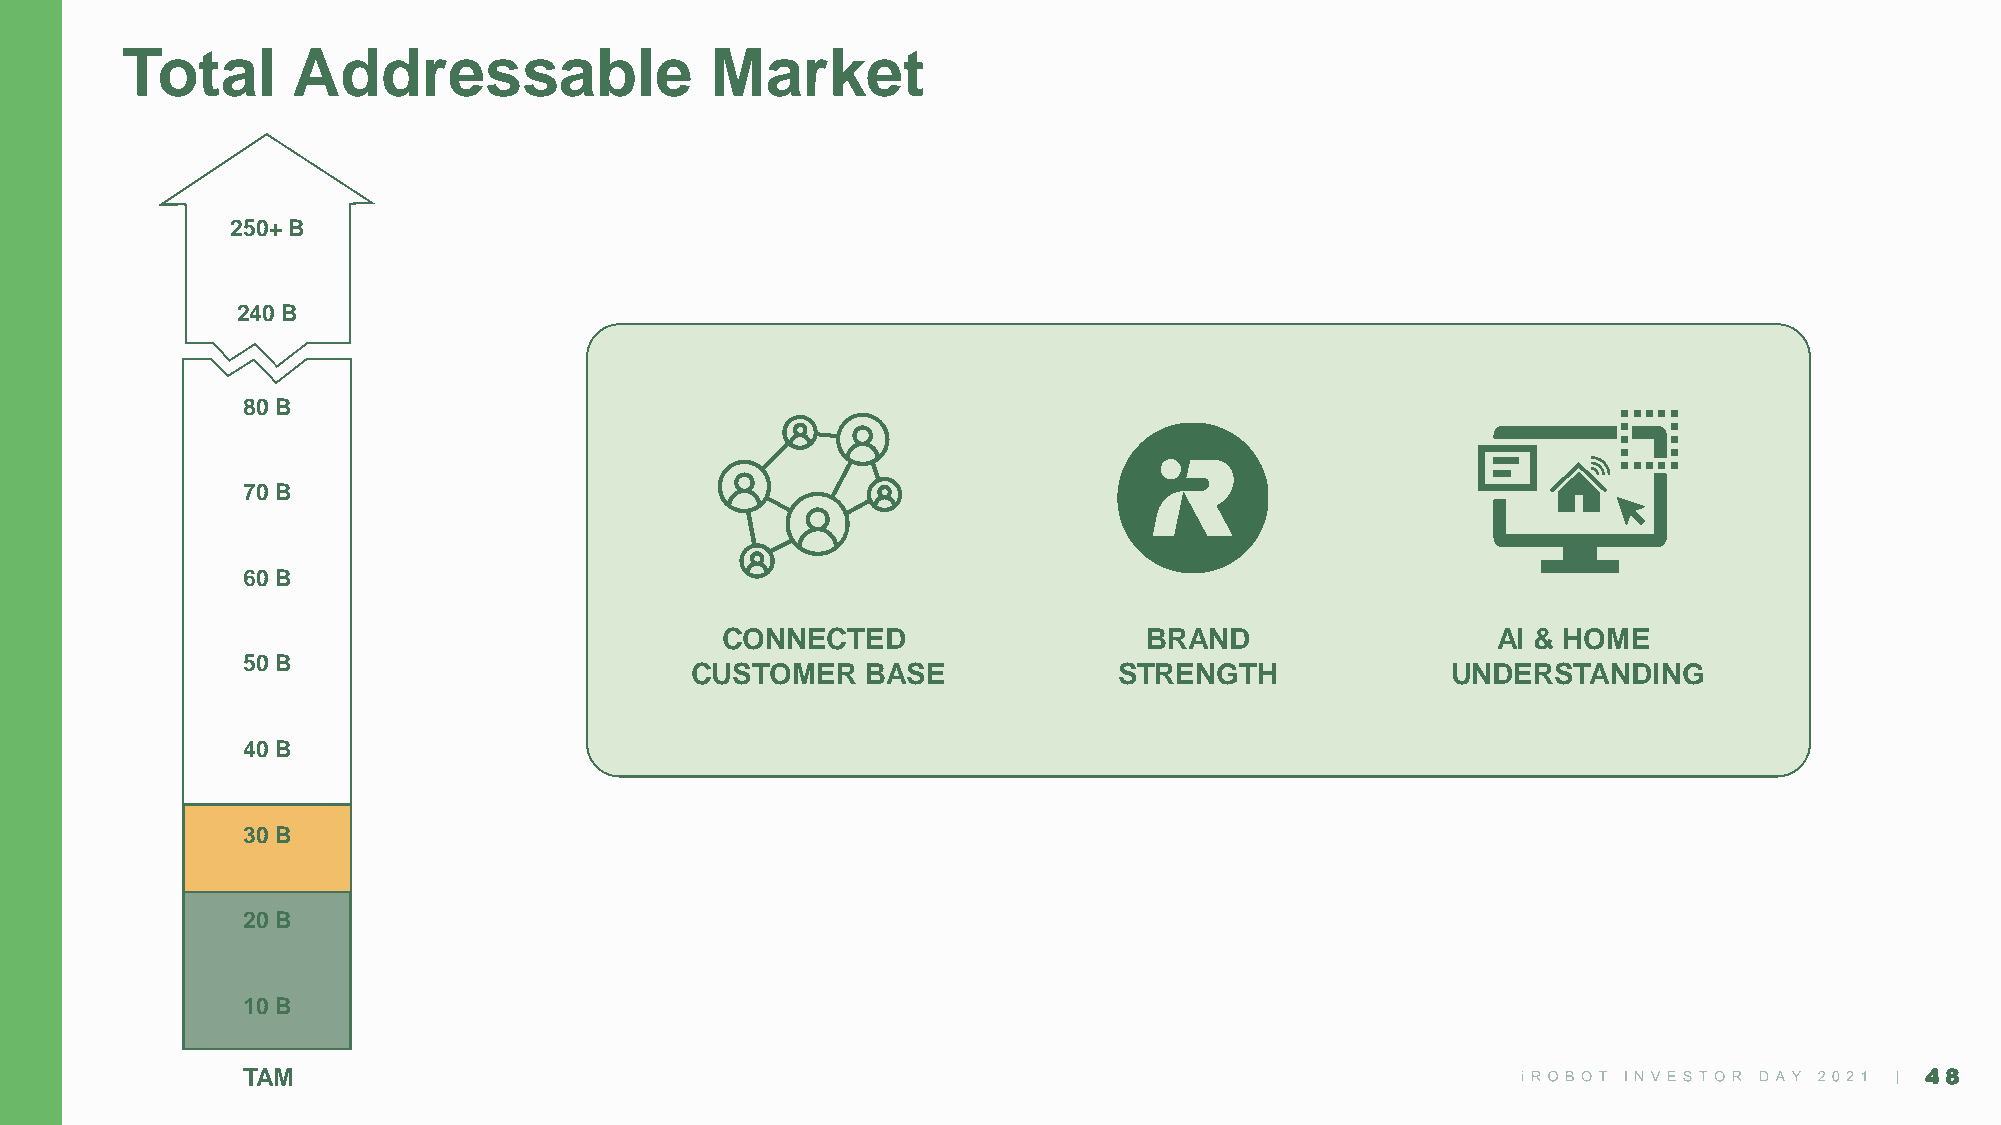
Total      Addressable                 Market
 250+ B
 240 B
 80 B
 70 B
 60 B
 CONNECTED                   BRAND                  AI & HOME
 50 B
 CUSTOMER   BASE             STRENGTH              UNDERSTANDING
 40 B
 30 B
 20 B
 10 B
 TAM                                                                                                            4488